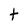
Character: t